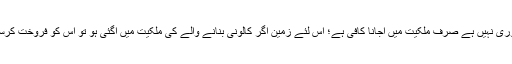
۱۰- الف: زمین و جائیداد کی بیع میں قبضہ ضروری نہیں ہے صرف ملکیت میں آجانا کافی ہے؛ اس لئے زمین اگر کالونی بنانے والے کی ملکیت میں آگئی ہو تو اس کو فروخت کرسکتا ہے اور خریدنے والا اس کو خرید سکتا ہے۔